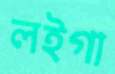
লইগা